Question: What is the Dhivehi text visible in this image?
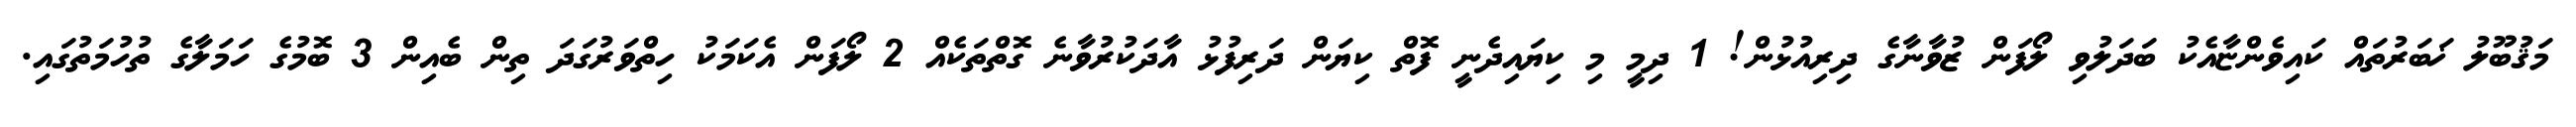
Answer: މަޤުބޫލު ޚަބަރުތައް ކައިވެންޏާއެކު ބަދަލުވި ލޯފަން ޒުވާނާގެ ދިރިއުޅުން! 1 ދިމީ މި ކިޔައިދެނީ ފޮތް ކިޔަން ދަރިފުޅު އާދަކުރުވާނެ ގޮތްތަކެއް 2 ލޯފަން އެކަމަކު ހިތްވަރުގަދަ ތިން ބެއިން 3 ބޮމުގެ ހަމަލާގެ ތުހުމަތުގައި.